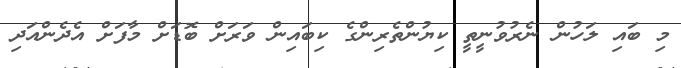
މި ބައި ލަހުން ނެރުވުނީތީ ކިޔުންތެރިންގެ ކިބައިން ވަރަށް ބޮޑަށް މާފަށް އެދެންއަދި